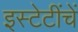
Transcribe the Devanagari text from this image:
इस्टेटींचें